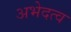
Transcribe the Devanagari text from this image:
अभेदत्व